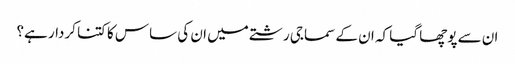
ان سے پوچھا گیا کہ ان کے سماجی رشتے میں ان کی ساس کا کتنا کردار ہے؟